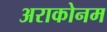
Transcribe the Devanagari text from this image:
अराकोनम